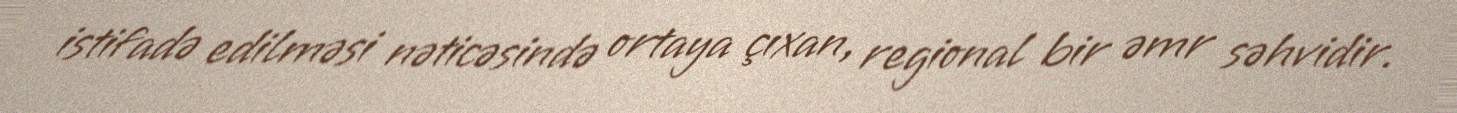
istifadə edilməsi nəticəsində ortaya çıxan, regional bir əmr səhvidir.